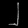
Digit: ၂